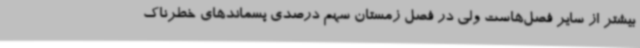
بیشتر از سایر فصل‌هاست ولی در فصل زمستان سهم درصدی پسماندهای خطرناک